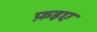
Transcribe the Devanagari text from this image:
फ़इए